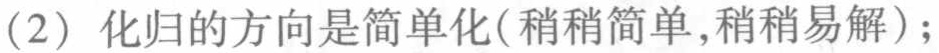
（2）化归的方向是简单化(稍稍简单,稍稍易解)；